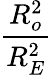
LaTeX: \frac{R_{o}^{2}}{R_{E}^{2}}